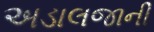
અડાલજાની